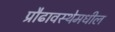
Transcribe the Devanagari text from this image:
प्रौढावस्थेमधील